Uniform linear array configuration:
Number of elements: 64
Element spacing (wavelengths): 0.75
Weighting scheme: hann
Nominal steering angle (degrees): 0
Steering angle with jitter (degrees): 0.04184
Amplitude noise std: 0.05
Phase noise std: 0.05

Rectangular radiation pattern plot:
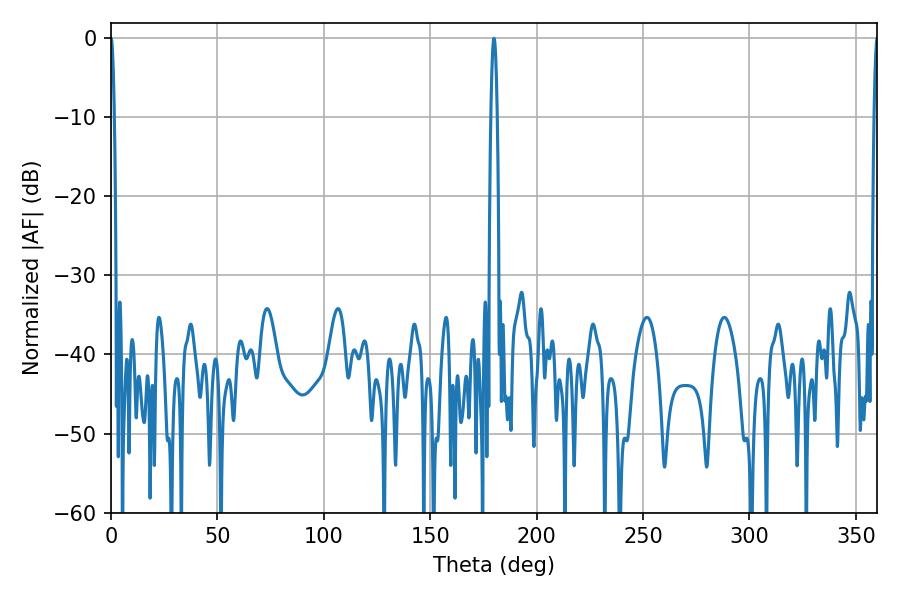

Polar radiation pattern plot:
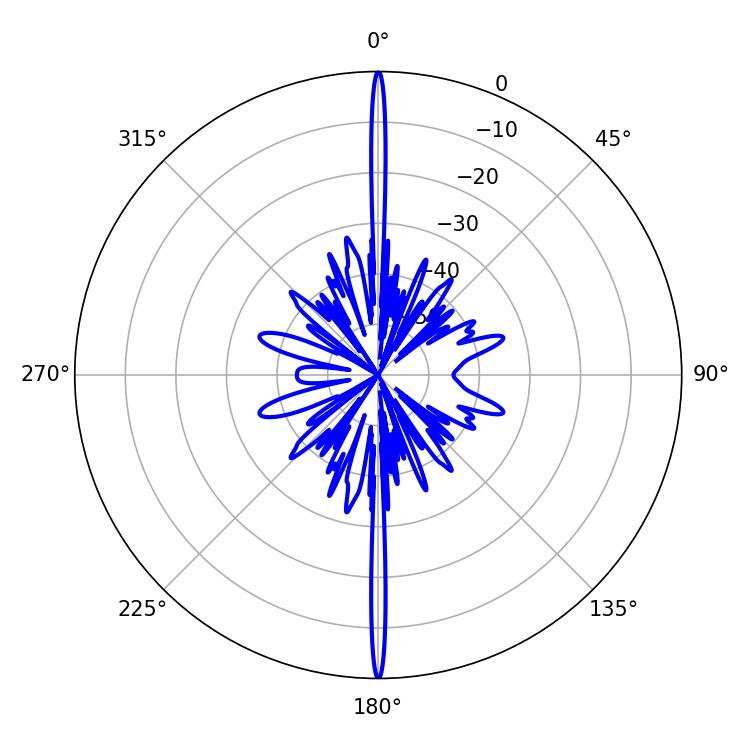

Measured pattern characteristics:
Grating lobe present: TRUE
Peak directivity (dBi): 46.079
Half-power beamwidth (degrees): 1.62
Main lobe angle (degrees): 180